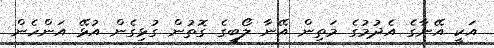
އަކީ އޭނާގެ އެދުމުގެ މަތިން އޭނާ ލޯބީގެ ގޮތުން ގުޅިގެން އުޅޭ އަންހެން